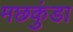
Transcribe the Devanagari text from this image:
मछकुंडा